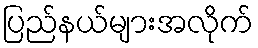
ပြည်နယ်များအလိုက်